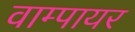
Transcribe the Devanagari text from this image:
वाम्पायर